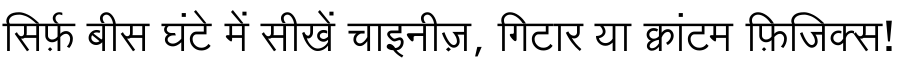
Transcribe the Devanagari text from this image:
सिर्फ़ बीस घंटे में सीखें चाइनीज़, गिटार या क्वांटम फ़िजिक्स!